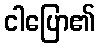
ငါပြော၏